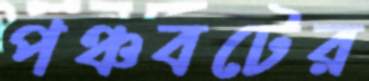
পঞ্চবটের